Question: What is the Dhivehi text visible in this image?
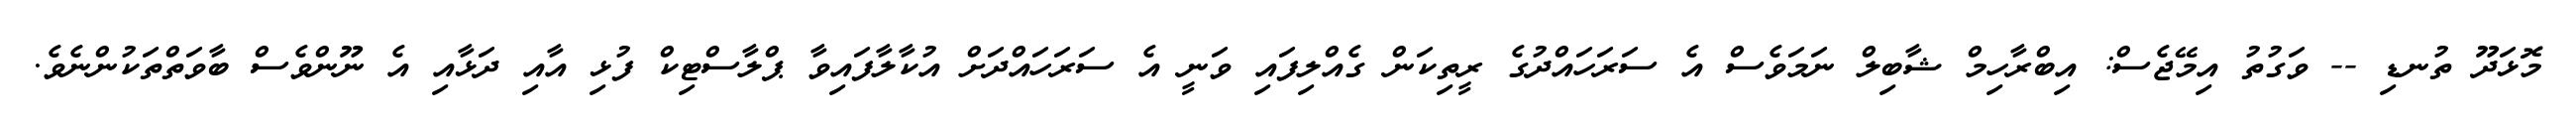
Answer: މޮޅަދޫ ތުނޑި -- ވަގުތު އިމޭޖެސް: އިބްރާހިމް ޝާބިލް ނަމަވެސް އެ ސަރަހައްދުގެ ރީތިކަން ގެއްލިފައި ވަނީ އެ ސަރަހައްދަށް އުކާލާފައިވާ ޕްލާސްޓިކް ފުޅި އާއި ދަޅާއި އެ ނޫންވެސް ބާވަތްތަކުންނެވެ.